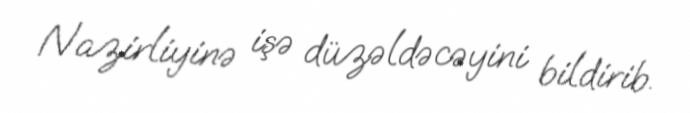
Nazirliyinə işə düzəldəcəyini bildirib.